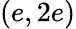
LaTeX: (e,2e)